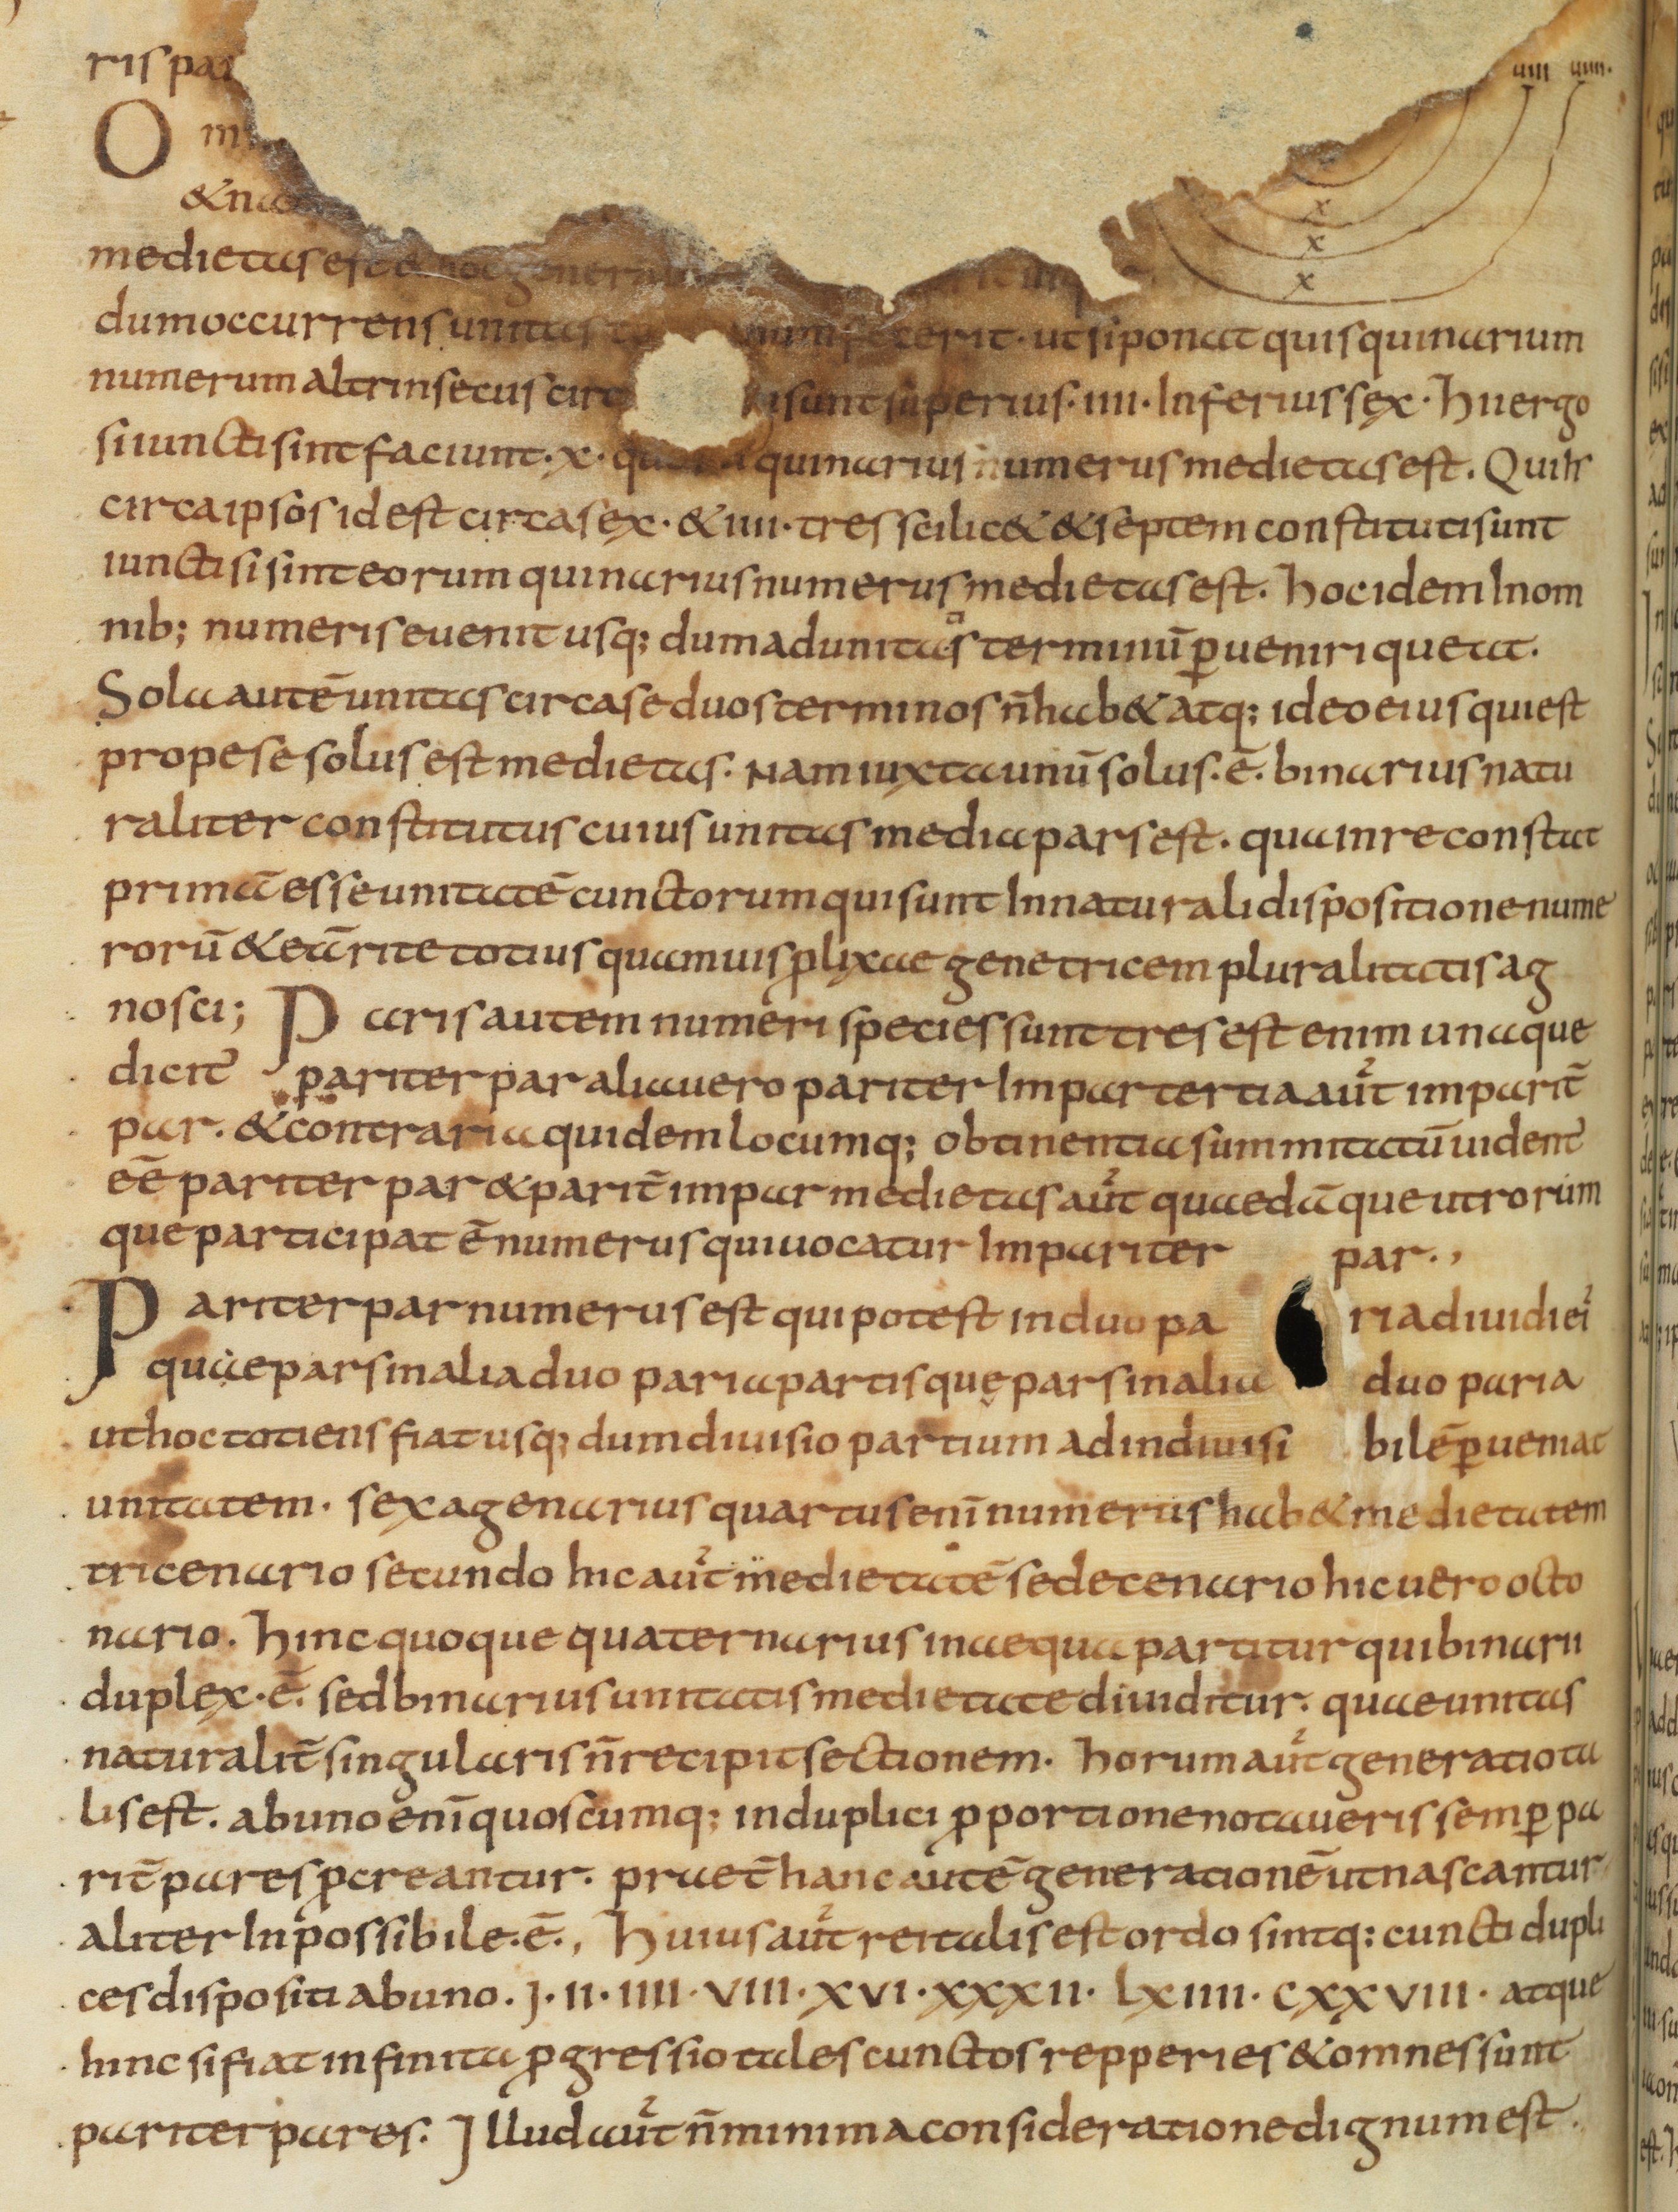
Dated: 825–849